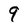
Character: 9